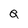
Character: Q